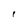
Character: I